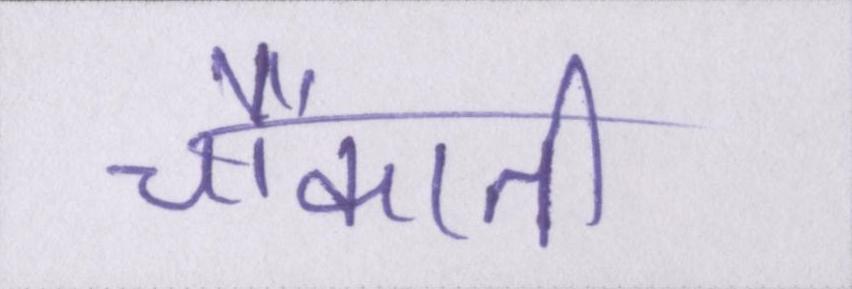
चौंकाती